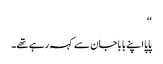
‘‘
پاپا اپنے بابا جان سے کہہ رہے تھے۔